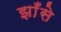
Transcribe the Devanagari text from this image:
झाँसे